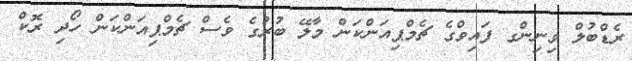
ރެޑްބުލް ވިނިންގ ފައިވްގެ ޗެމްޕިއަންކަން މާލޭ ބުރުގެ ވެސް ޗެމްޕިއަންކަން ހޯދި ރޮކް